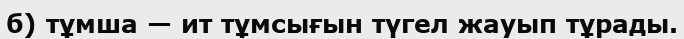
б) тұмша — ит тұмсығын түгел жауып тұрады.